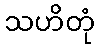
သဟိတုံ